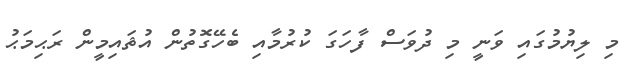
މި ލިޔުމުގައި ވަނީ މި ދުވަސް ފާހަގަ ކުރުމާއި ބެހޭގޮތުން އުޘައިމީން ރަޙިމަޙު